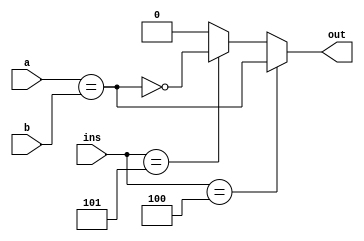
`timescale 1ns / 1ps
//////////////////////////////////////////////////////////////////////////////////
// Company: 
// Engineer: 
// 
// Design Name: 
// Module Name: Branch_ALU
// Project Name: 
// Target Devices: 
// Tool Versions: 
// Description: 
// 
// Dependencies: 
// 
// Revision:
// Revision 0.01 - File Created
// Additional Comments:
// 
//////////////////////////////////////////////////////////////////////////////////


module Branch_ALU(
    a,
    b,
	ins,
    out
    );


	 parameter size = 32;
	 
    input [size-1:0] a;
    input [size-1:0] b;
	input [5:0] ins;
    output reg out;
	
	always @(*) begin
		if (ins == 6'b000100) 
		out = (a == b); //beq
		else if (ins == 6'b000101)
		out = ~(a==b); //bne
		else
		out = 0; //dont care		
   end


endmodule